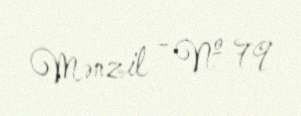
Mənzil - № 79